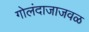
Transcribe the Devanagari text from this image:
गोलंदाजाजवळ